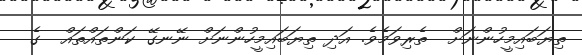
ތިޔަބައިމީހުންނަށް  ތެރިވަމެވެ. އަދި ތިޔަބައިމީހުންނަށް ނޭނގޭ ކަންތައްތައް  ގެ